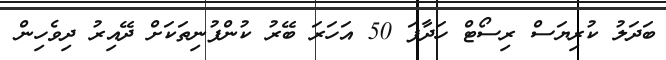
ބަދަލު ކުރިޔަސް ރިސޯޓް ހަދާފަ 50 އަހަރަ ބޭރު ކުންފުނިތަކަށް ދޭއިރު ދިވެހިން